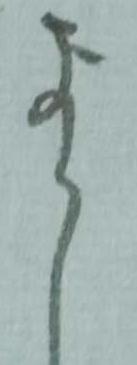
尚